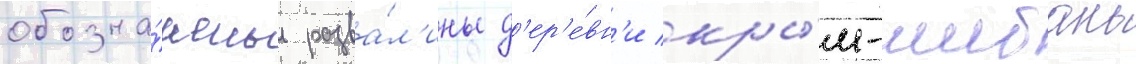
обозна́чены разва́л'ины д'ер'е́вн'и кры́м-шибань